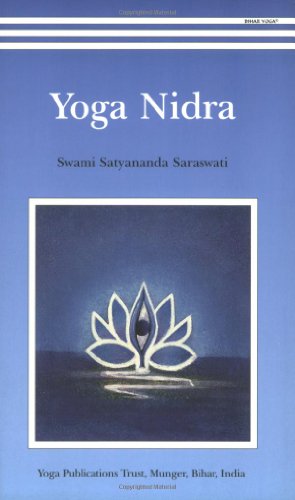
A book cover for Yoga Nidra/2009 Re-print; Swami Satyananda Saraswati; Health, Fitness & Dieting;